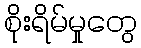
စိုးရိမ်မှုတွေ